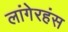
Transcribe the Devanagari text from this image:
लांगेरहंस